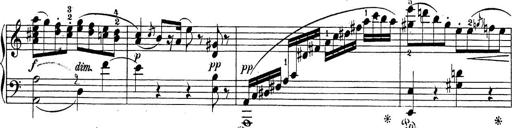
Title: Sonatina Album
Composer: Louis KÃ¶hler